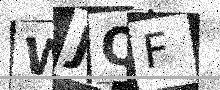
Text: WJQF